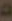
قد